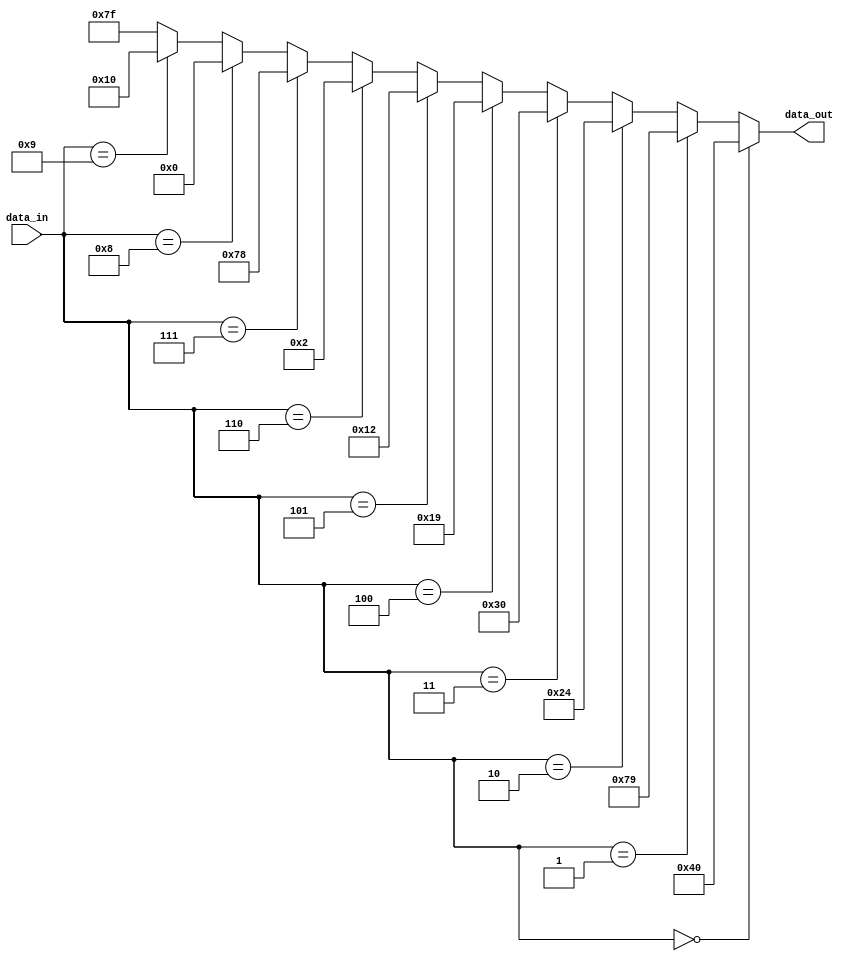
module BCD_to_HEX (data_in, data_out);
	
	input [3:0] data_in;
	output [6:0] data_out;
	
	assign data_out = (data_in == 4'b0000) ? (7'b100_0000) :
							(data_in == 4'b0001) ? (7'b111_1001) :
							(data_in == 4'b0010) ? (7'b010_0100) :
							(data_in == 4'b0011) ? (7'b011_0000) :
							(data_in == 4'b0100) ? (7'b001_1001) :
							(data_in == 4'b0101) ? (7'b001_0010) :
							(data_in == 4'b0110) ? (7'b000_0010) :
							(data_in == 4'b0111) ? (7'b111_1000) :
							(data_in == 4'b1000) ? (7'b000_0000) :
							(data_in == 4'b1001) ? (7'b001_0000) : (7'b111_1111);
	
endmodule